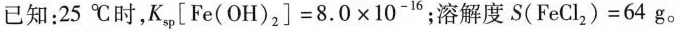
已知：25℃时，K[Fe(OH)2]=8.0×10-16；溶解度S(FeCl2)=64g。